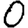
Digit: 0